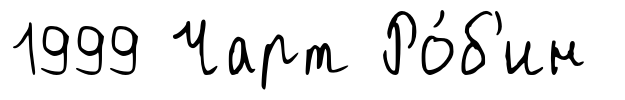
1999 Чарт Ро́б'ин